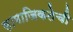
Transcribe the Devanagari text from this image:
सामाजिकतेची